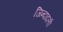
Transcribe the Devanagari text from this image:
जिन्दादली